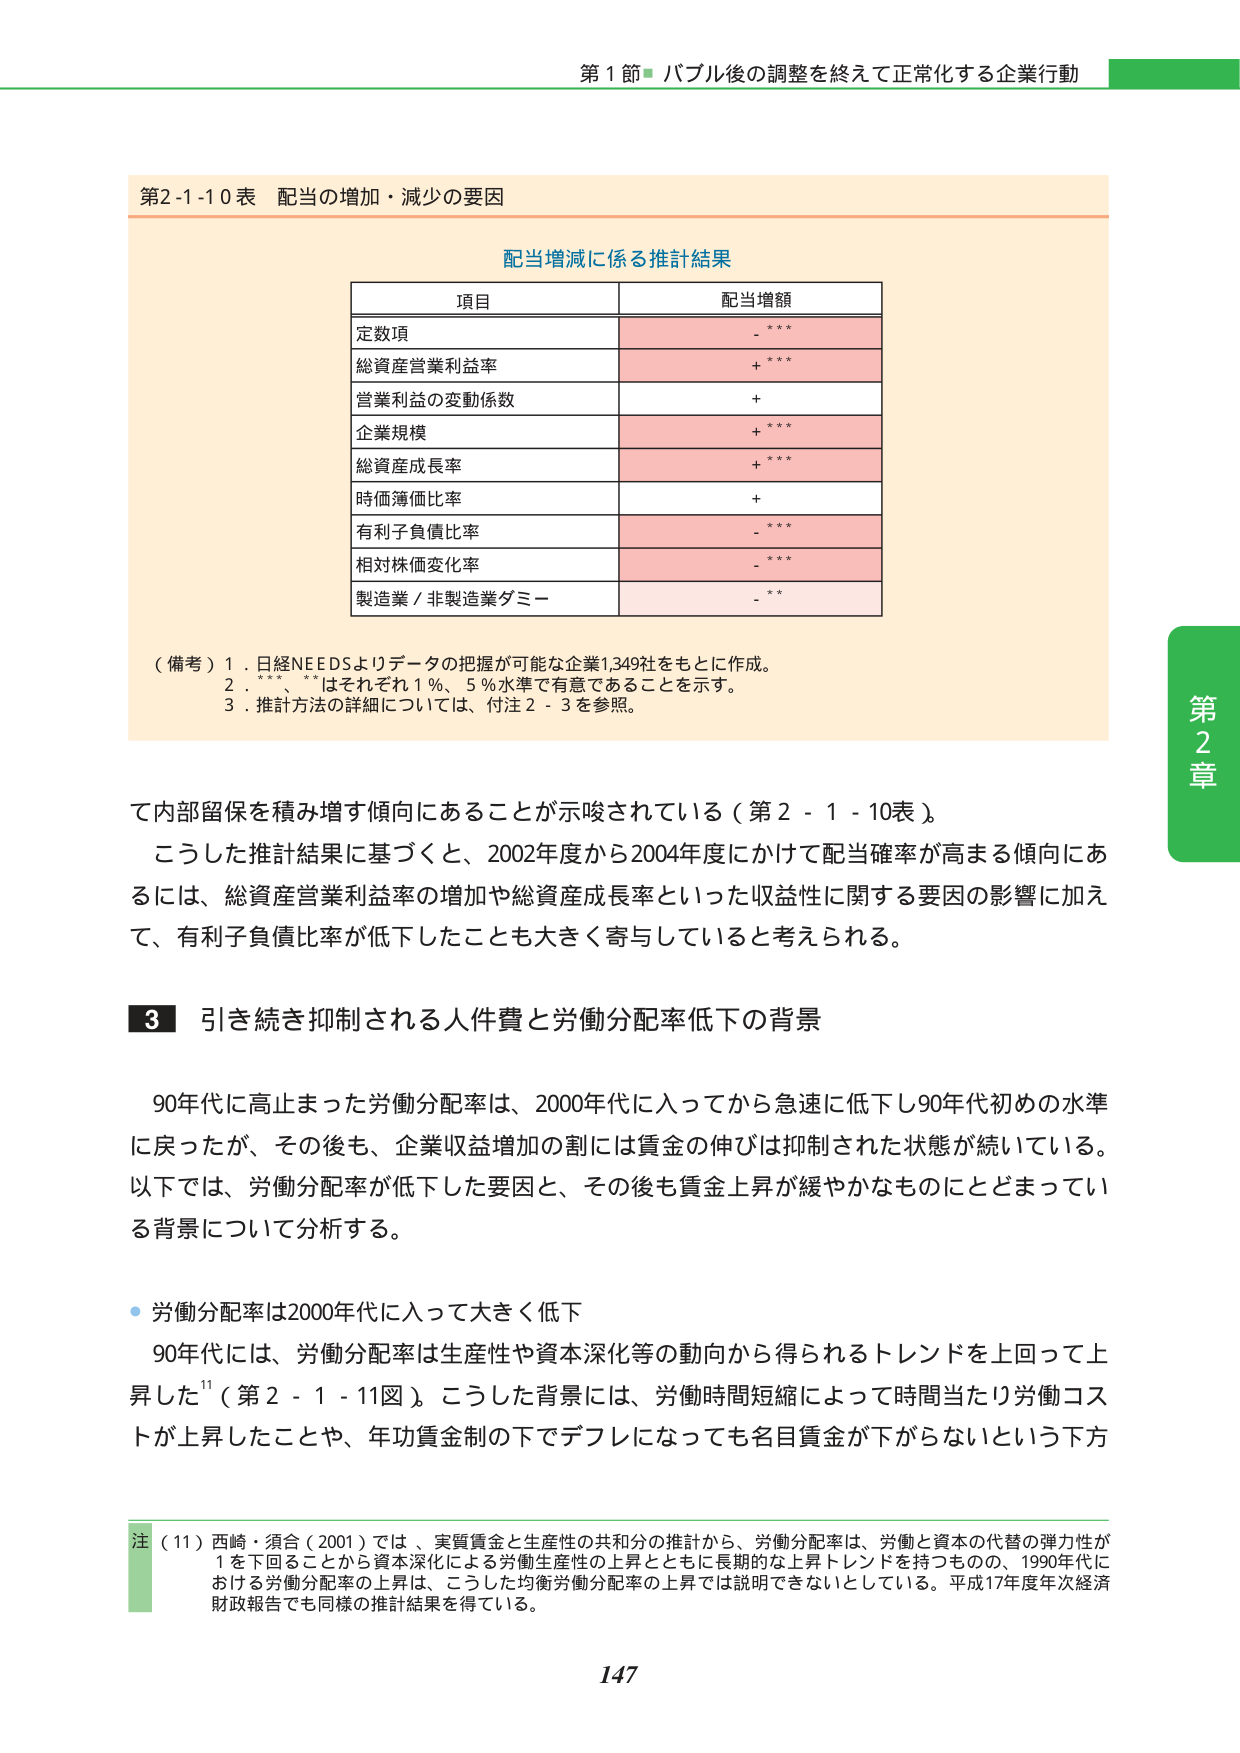
第1節 バブル後の調整を終えて正常化する企業行動

第2-1-10表 配当の増加・減少の要因

配当増減に係る推計結果

項目 配当増額
定数項 - ***
総資産営業利益率 + ***
営業利益の変動係数 +
企業規模 + ***
総資産成長率 + ***
時価簿価比率 +
有利子負債比率 - ***
相対株価変化率 - ***
製造業／非製造業ダミー - **

（備考）1．日経NEEDSよりデータの把握が可能な企業1,349社をもとに作成。
　　　2．***、**はそれぞれ1％、5％水準で有意であることを示す。
　　　3．推計方法の詳細については、付注2-3を参照。

て内部留保を積み増す傾向にあることが示唆されている（第2-1-10表）。
こうした推計結果に基づくと、2002年度から2004年度にかけて配当確率が高まる傾向にあるには、総資産営業利益率の増加や総資産成長率といった収益性に関する要因の影響に加えて、有利子負債比率が低下したことも大きく寄与していると考えられる。

3 引き続き抑制される人件費と労働分配率低下の背景

90年代に高止まった労働分配率は、2000年代に入ってから急速に低下し90年代初めの水準に戻ったが、その後も、企業収益増加の割には賃金の伸びは抑制された状態が続いている。以下では、労働分配率が低下した要因と、その後も賃金上昇が緩やかなものにとどまっている背景について分析する。

・労働分配率は2000年代に入って大きく低下
90年代には、労働分配率は生産性や資本深化等の動向から得られるトレンドを上回って上昇した¹¹（第2-1-11図）。こうした背景には、労働時間短縮によって時間当たり労働コストが上昇したことや、年功賃金制の下でデフレになっても名目賃金が下がらないという下方

注（11）西崎・須合（2001）では、実質賃金と生産性の共和分の推計から、労働分配率は、労働と資本の代替の弾力性が1を下回ることから資本深化による労働生産性の上昇とともに長期的な上昇トレンドを持つものの、1990年代における労働分配率の上昇は、こうした均衡労働分配率の上昇では説明できないとしている。平成17年度年次経済財政報告でも同様の推計結果を得ている。

第2章

147